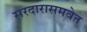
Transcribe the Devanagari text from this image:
सरदारासमवेत